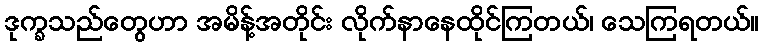
ဒုက္ခသည်တွေဟာ အမိန့်အတိုင်း လိုက်နာနေထိုင်ကြတယ်၊ သေကြရတယ်။